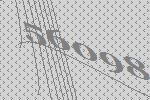
56098